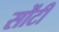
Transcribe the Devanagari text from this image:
सोंटी